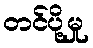
တင်ပို့မှု